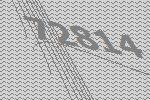
72814